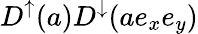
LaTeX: D^{\uparrow}(a)D^{\downarrow}(ae_{x}e_{y})